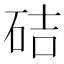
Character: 硈